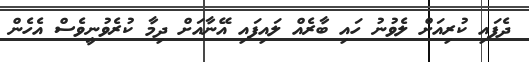
ދެފައި ކުރިއަށް ލެވުނު ހައި ބާރެއް ލައިފައި އޭނާއަށް ދިމާ ކުރެވުނީވެސް އެހެން